Insane asylums in Bengal annual reports 1876-1887 - 1876-1887
Year: 1876
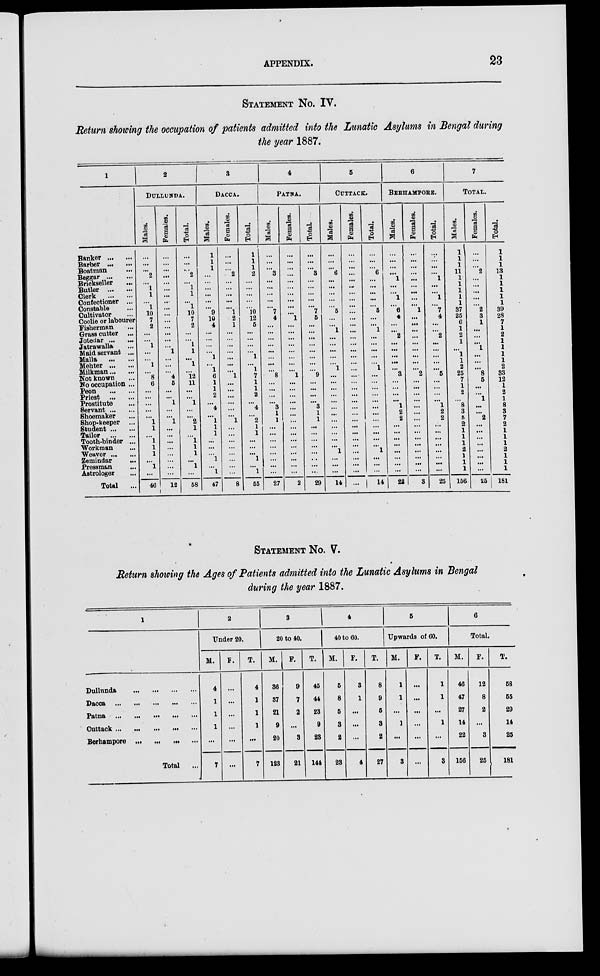
APPENDIX.
23
STATEMENT No. IV.
Return showing the occupation of patients admitted into the Lunatic Asylums in Bengal during
the year 1887.
1
Banker ... ...
Barber ... ...
Boatman ...
Beggar
...
...
Brickseller ...
Butler
...
...
Clerk
...
...
Confectioner ...
Constable ...
Cultivator ...
Coolie or labourer
Fisherman ...
Grass cutter ...
Jotedar ... ...
Jatrawalla ...
Maid servant ...
Malla
...
...
Mehter ... ...
Milkman ... ...
Not known ...
No occupation ...
Peon ... ...
Priest
...
...
Prostitute ...
Servant ... ...
Shoemaker ...
Shop-keeper ...
Student ... ...
Tailor
...
...
Tooth-binder ...
Workman ...
Weaver ... ...
Zemindar ...
Pressman ...
Astrologer ...
Total ...
2
DULLUNDA.
Males.
...
...
...
2
...
1
1
...
1
10
7
2
...
...
1
...
...
1
...
8
6
...
...
...
...
...
1
1
...
1
1
1
...
1
...
46
Females.
...
...
...
...
...
...
...
...
...
...
...
...
...
...
...
1
...
...
...
4
5
...
...
1
...
...
1
...
...
...
...
...
...
...
...
12
Total.
...
...
...
2
...
1
1
...
1
10
7
2
...
...
1
1
...
1
...
12
11
...
...
1
...
...
2
1
...
1
1
1
...
1
...
58
3
DACCA.
Males.
1
1
1
...
...
...
...
...
...
9
10
4
...
...
...
...
1
...
1
6
1
1
2
...
4
...
1
1
1
...
...
...
1
...
1
47
Females.
...
...
...
2
...
...
...
...
...
1
2
1
...
...
...
...
...
...
...
1
...
...
...
...
...
...
1
...
...
...
...
...
...
...
...
8
Total.
1
1
1
2
...
...
...
...
...
10
12
5
...
...
...
...
1
...
1
7
1
1
2
...
4
...
2
1
1
...
...
...
1
...
1
55
4
PATNA.
Males.
...
...
...
3
...
...
...
...
...
7
4
...
...
...
...
...
...
...
...
8
...
...
...
...
3
1
1
...
...
...
...
...
...
...
...
27
Females.
...
...
...
...
...
...
...
...
...
...
1
...
...
...
...
...
...
...
...
1
...
...
...
...
...
...
...
...
...
...
...
...
...
...
...
2
Total.
...
...
...
3
...
...
...
...
...
7
5
...
...
...
...
...
...
...
...
9
...
...
...
...
3
1
1
...
...
...
...
...
...
...
...
29
5
CUTTACK.
Males.
...
...
...
6
...
...
...
...
...
5
...
...
1
...
...
...
...
...
1
...
...
...
...
...
...
...
...
...
...
...
...
1
...
...
...
14
Females.
...
...
...
...
...
...
...
...
...
...
...
...
...
...
...
...
...
...
...
...
...
...
...
...
...
...
...
...
...
...
...
...
...
...
...
...
Total.
...
...
...
6
...
...
...
...
...
5
...
...
1
...
...
...
...
...
1
...
...
...
...
...
...
...
...
...
...
...
...
1
...
...
...
14
6
BERHAMPORE.
Males.
...
...
...
...
1
...
...
1
...
6
4
...
...
2
...
...
...
...
...
3
...
...
...
...
1
2
2
...
...
...
...
...
...
...
...
22
Females.
...
...
...
...
...
...
...
...
...
1
...
...
...
...
...
...
...
...
...
2
...
...
...
...
...
...
...
...
...
...
...
...
...
...
...
3
Total.
...
...
...
...
1
...
...
1
...
7
4
...
...
2
...
...
...
...
...
5
...
...
...
...
1
2
2
...
...
...
...
...
...
...
...
25
7
TOTAL.
Males.
1
1
1
11
1
1
1
1
1
37
25
6
1
2
1
...
1
1
2
25
7
1
2
...
8
3
5
2
1
1
1
2
1
1
1
156
Females.
...
...
...
2
...
...
...
...
...
2
3
1
...
...
...
1
...
...
...
8
5
...
...
1
...
...
2
...
...
...
...
...
...
...
...
25
Total.
1
1
1
13
1
1
1
1
1
39
28
7
1
2
1
1
1
1
2
33
12
1
2
1
8
3
7
2
1
1
1
2
1
1
1
181
STATEMENT No. V.
Return showing the Ages of Patients admitted into the Lunatic Asylums in Bengal
during the year 1887.
1
Dullunda
...
...
...
...
Dacca
...
...
...
...
...
Patna
...
...
...
...
...
Cuttack ...
...
...
...
...
Berhampore ... ... ... ...
Total ...
2
Under 20.
M.
4
1
1
1
...
7
F.
...
...
...
...
...
...
T.
4
1
1
1
...
7
3
20 to 40.
M.
36
37
21
9
20
123
F.
9
7
2
...
3
21
T.
45
44
23
9
23
144
4
40 to 60.
M.
5
8
5
3
2
23
F.
3
1
...
...
...
4
T.
8
9
5
3
2
27
5
Upwards of 60.
M.
1
1
...
1
...
3
F.
...
...
...
...
...
...
T.
1
1
...
1
...
3
6
Total.
M.
46
47
27
14
22
156
F.
12
8
2
...
3
25
T.
58
55
29
14
25
181